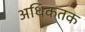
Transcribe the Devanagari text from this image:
अधिकतक